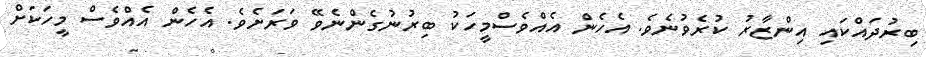
ބިރުދައްކައި އިންޒާރު ކުރެވުނެވެ. އެހެން އެއްވެސްމީހަކު ބިރުނުގެންނެވޭ ވަރަށެވެ. އެހެން އެއްވެސް މީހަކަށް